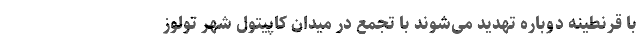
با قرنطینه دوباره تهدید می‌شوند با تجمع در میدان کاپیتول شهر تولوز